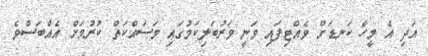
އަދި އެ މީހާ ކަނޑަށް ވެއްޓިފައި ވަނީ ވަރުބަލިކަމުގައި މަސައްކަތް ކުރުމަށް އެއްބަސްވެ